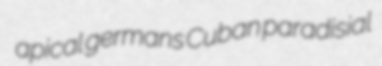
apical germans Cuban paradisial